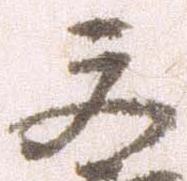
文